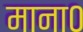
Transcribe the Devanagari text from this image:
माना०